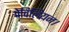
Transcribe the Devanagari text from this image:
पेविलियन।